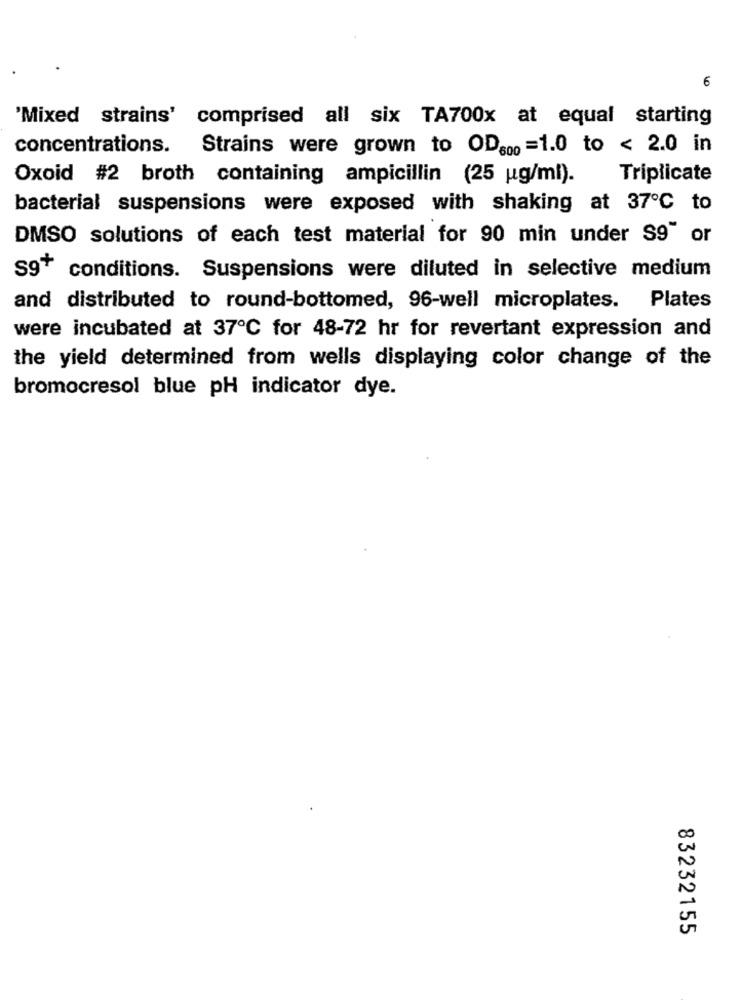
6
'Mixed strains' comprised all six TA700x at equal starting
concentrations. Strains were grown to OD800 =1.0 to < 2.0 in
Oxoid #2 broth containing ampicillin (25 ug/ml).
Triplicate
bacterial suspensions were exposed with shaking at 37℃ to
DMSO solutions of each test material for 90 min under S9" or
S9+ conditions. Suspensions were diluted in selective medium
and distributed to round-bottomed, 96-well microplates. Plates
were incubated at 37℃ for 48-72 hr for revertant expression and
the yield determined from wells displaying color change of the
bromocresol blue pH indicator dye.
00
v
83232155